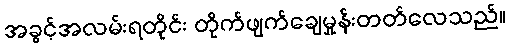
အခွင့်အလမ်းရတိုင်း တိုက်ဖျက်ချေမှုန်းတတ်လေသည်။